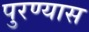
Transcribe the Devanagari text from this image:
पुरण्यास